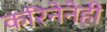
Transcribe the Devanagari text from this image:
करिनेनेही